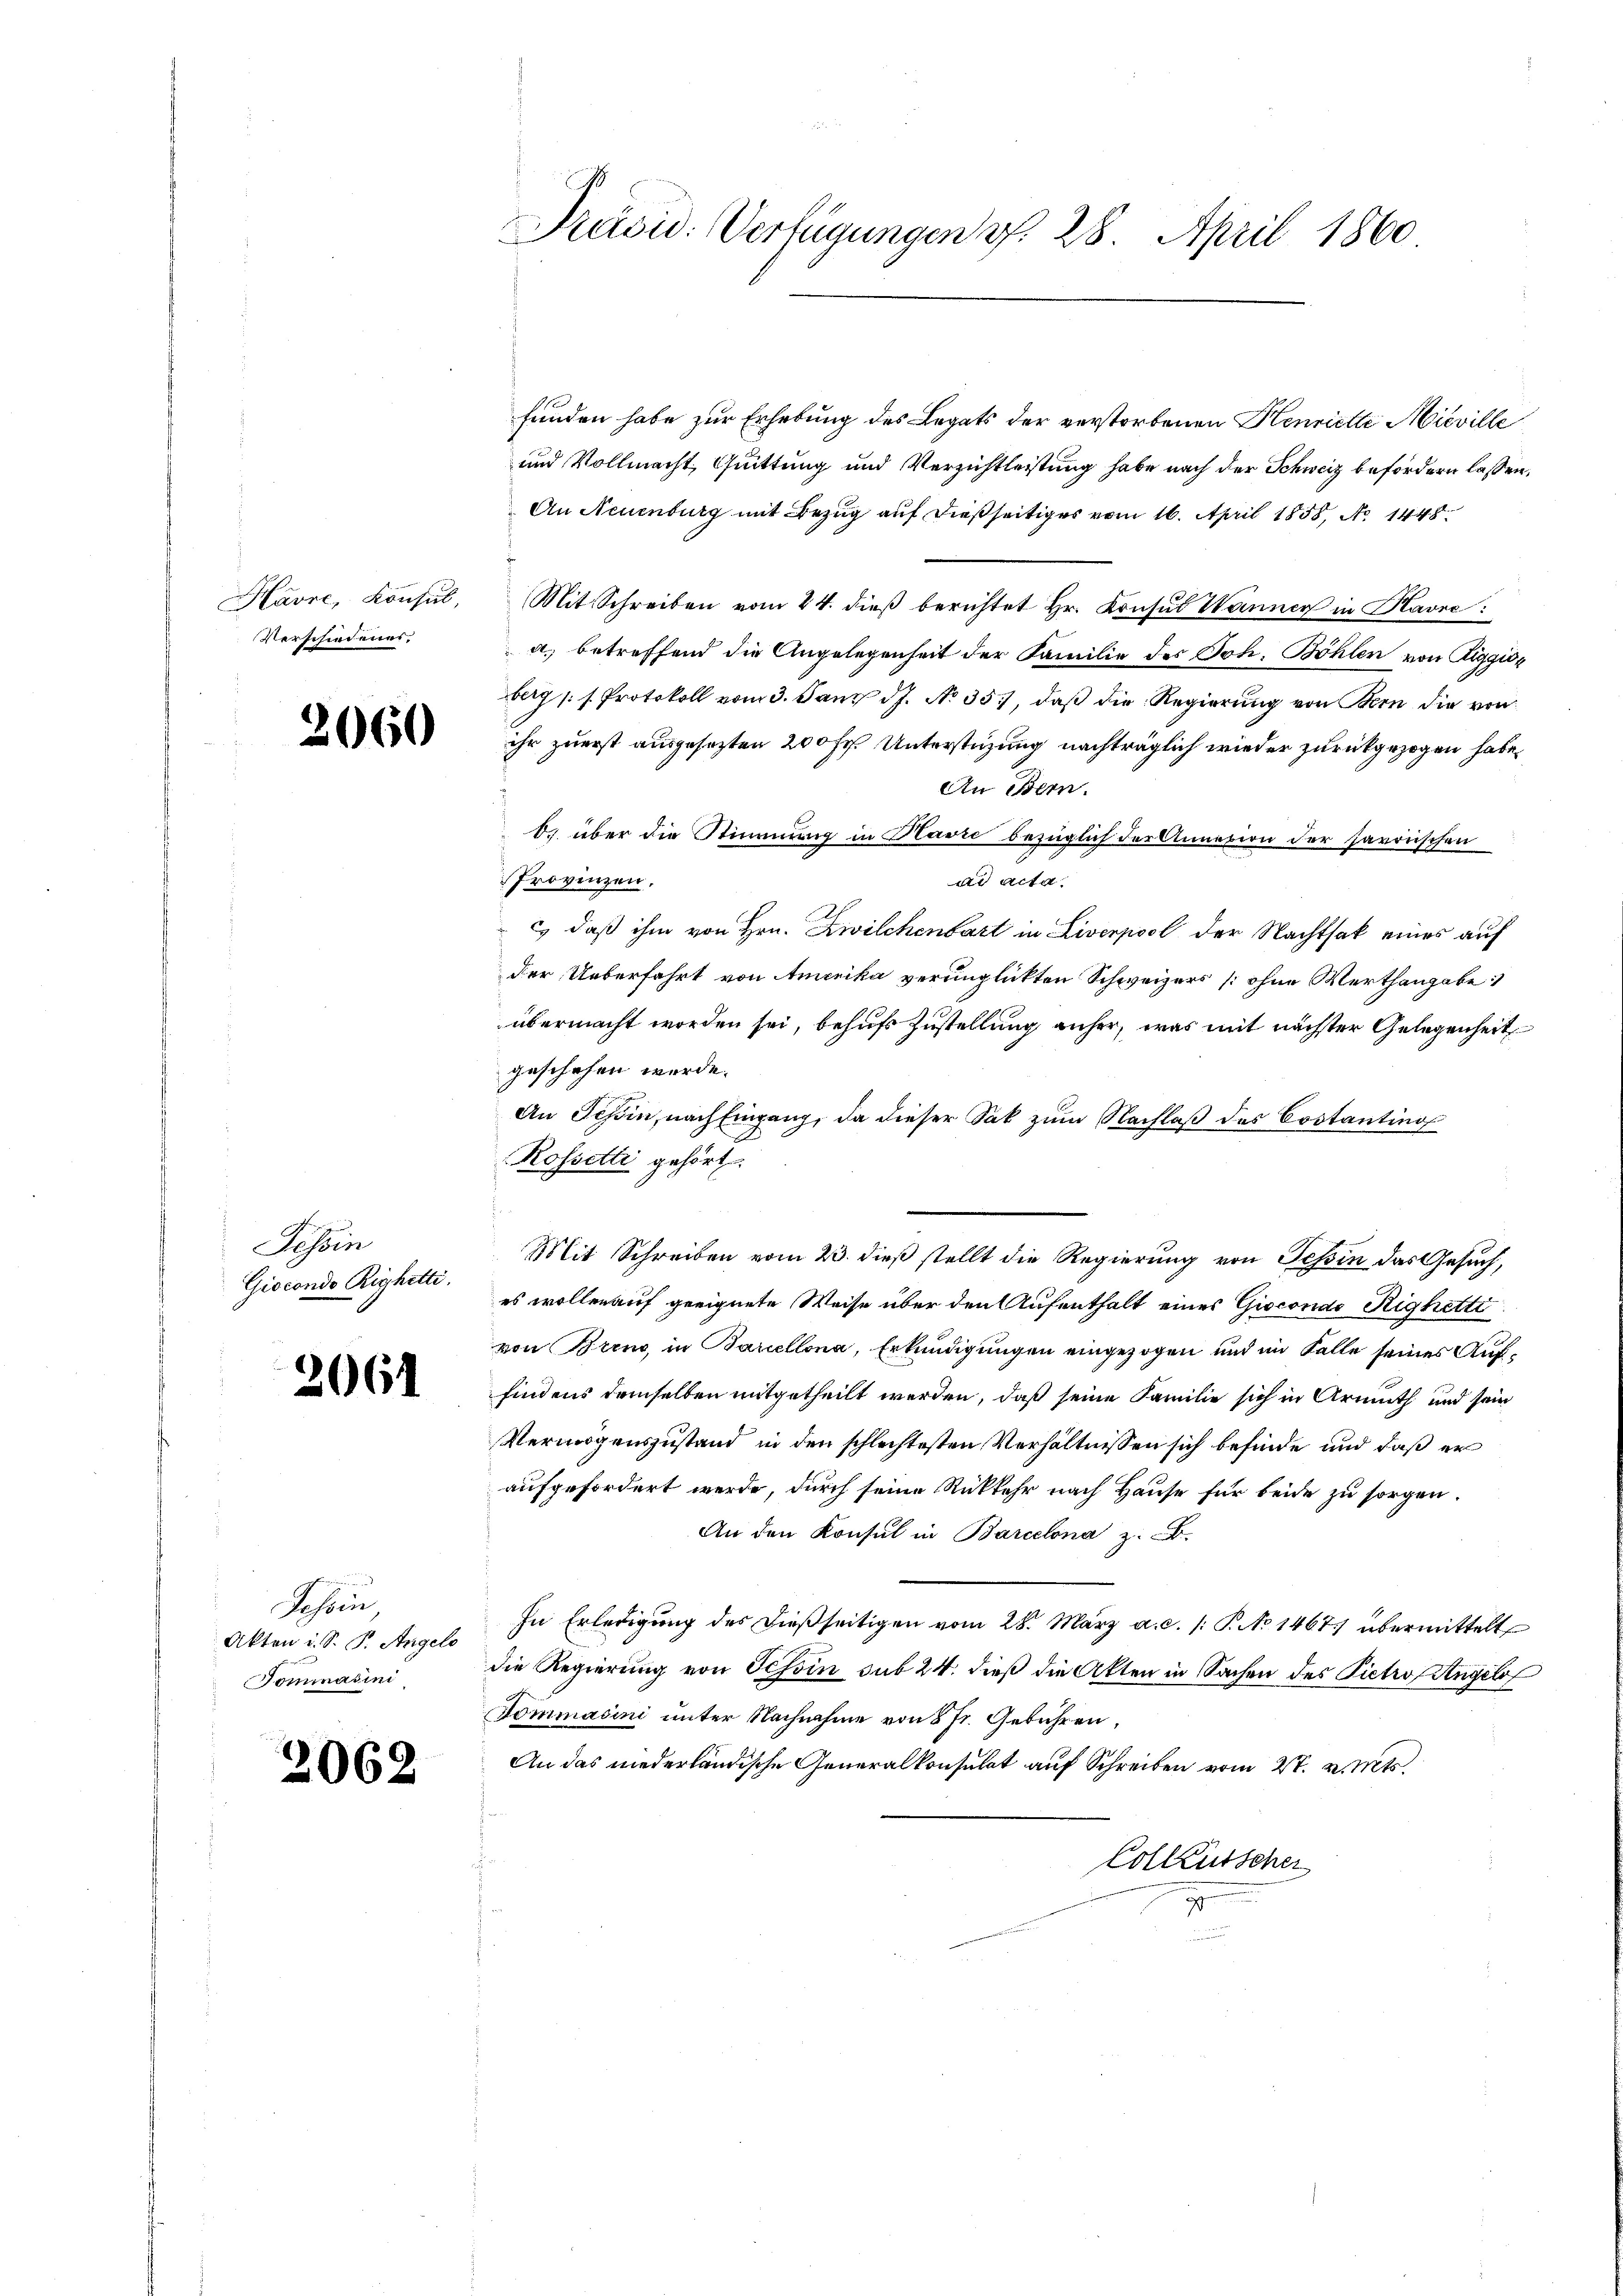
Havre, Konsul,
Verschiedenes.

2060

Tessin
Giocondo Righetti.

2061

Sehen
Akten u. S. P. Angelo
Dommasini

2062

funden habe zur Erhebung des Legats der verstorbenen Henriette Mieville
und Vollmacht, Quittung und Verzichtleistung habe nach der Schweiz befördern lassen.
An Neuenburg mit Bezug auf dießseitiges vom 16. April 1858, No 1448.
Mit Schreiben vom 24. dieβ berichtet Hr. Konsul Wanner in Kavre
a) betreffend die Angelegenheit der Familie des Joh. Böhlen von Riggior
berg (s. Protokoll vom 3. Janz dJ. No. 35, daβ die Regierung von Bern die von
ihr zuerst ausgesezten 200 Fr. Unterstüzung nachträglich wieder zurückgezogen habe,
An Bern.
b. über die Stimmung in Havre bezüglich der Annation der Harrischen
Provinzen.
ad acta.
c, daß ihm von Hrn. Zwilchenbart in Liverpool der Nachthat eines auf
der Ueberfahrt von Amerika verunglickten Schweizers [ohne Werthangabe:
übermacht worden sei, behufs Zustellung anher, was mit nächster Gelegenheit
geschehen werde.
An Schin, nach Eingang, da dieser Sak zum Nachlaß des Costanting
Rossetti gehört.
Mit Schreiben vom 23. dieß stellt die Regierung von Tessin das Gesuch,
es wollen auf geeignete Weise über den Aufenthalt eines Gisconde Righetti
von Brino, in Barcellona, Erkundigungen eingezogen und im Falle seines Auffindens demselben mitgetheilt werden, daß seine Familie sich in Armuth und sein
Vermögenszustand in den schlechtesten Verhältnissen sich befinde und daß er
aufgefordert werde, durch seine Rückkehr nach Hause für beide zu sorgen.
An den Konsul in Barcelona z. B.
In Erledigung des dießseitigen vom 28. März a. c. /: P. No 1467 übermittelt
die Regierung von Schon sub 24. dieß die Akten in Sachen des Pietro Angelof
Tommacini unter Nachnahme von 8 Fr. Gebühren,
An das niederländische Generalkonsulat auf Schreiben vom 27. v. Mts.
Colkkutscher

Präsid. Verfügungen v. 28. April 1860